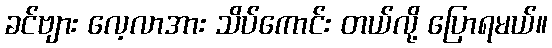
ခင်ဗျား လေ့လာအား သိပ်ကောင်း တယ်လို့ ပြောရမယ်။